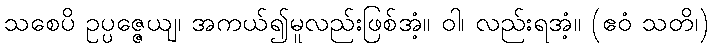
သစေပိ ဥပ္ပဇ္ဇေယျ၊ အကယ်၍မူလည်းဖြစ်အံ့။ ဝါ၊ လည်းရအံ့။ (ဧဝံ သတိ၊)